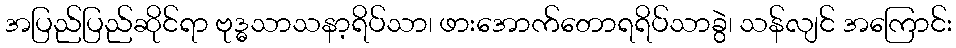
အပြည်ပြည်ဆိုင်ရာ ဗုဒ္ဓသာသနာ့ရိပ်သာ၊ ဖားအောက်တောရရိပ်သာခွဲ၊ သန်လျင် အကြောင်း